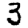
Digit: 3